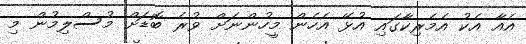
އެއާ އެކު އެމެރިކާގައި އުޅޭ އެހެން މީހުންނަށް ވުރެ ބޮޑަށް މުސްލިމުން މި